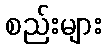
စည်းများ